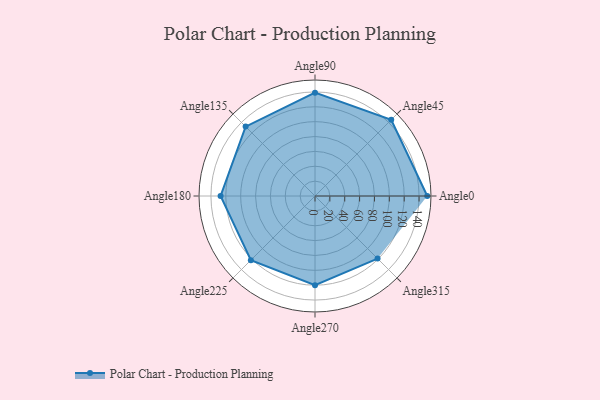
{"axis": {"x": "Angle", "y": "Radius"}, "legend": [""], "data": [{"x": "Angle0", "y": 151.0, "type": ""}, {"x": "Angle45", "y": 145.0, "type": ""}, {"x": "Angle90", "y": 139.0, "type": ""}, {"x": "Angle135", "y": 132.0, "type": ""}, {"x": "Angle180", "y": 127.0, "type": ""}, {"x": "Angle225", "y": 122.0, "type": ""}, {"x": "Angle270", "y": 120.0, "type": ""}, {"x": "Angle315", "y": 119.0, "type": ""}]}